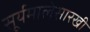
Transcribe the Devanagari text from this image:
सूर्यमालेसारखी